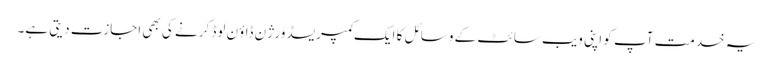
یہ خدمت آپ کو اپنی ویب سائٹ کے وسائل کا ایک کمپریسڈ ورژن ڈاؤن لوڈ کرنے کی بھی اجازت دیتی ہے۔